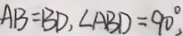
A B = B D , \angle A B D = 9 0 ^ { \circ }